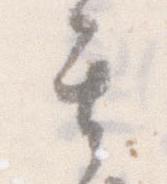
其